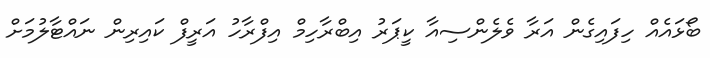
ބޯޅައެއް ހިފައިގެން އަރާ ވެލެންސިއާ ކީޕަރު އިބްރާހިމް އިފްރާހު އަރީފް ކައިރިން ނައްޓާލުމަށް